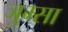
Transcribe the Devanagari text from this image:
जुम्सा